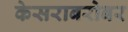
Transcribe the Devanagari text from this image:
केसराबरोबर